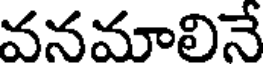
వనమాలినే